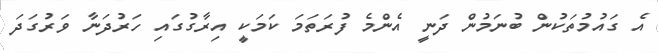
އެ ގައުމުތަކުން ބުނަމުން ދަނީ އެންމެ ފުރަތަމަ ކަމަކީ އިރާގުގައި ހަރުދަނާ ވަރުގަދަ